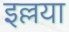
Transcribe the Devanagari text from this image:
इल्लया